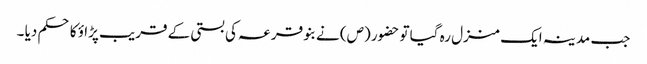
جب مدینہ ایک منزل رہ گیا تو حضور (ص) نے بنو قر عہ کی بستی کے قریب پڑا ؤ کا حکم دیا ۔